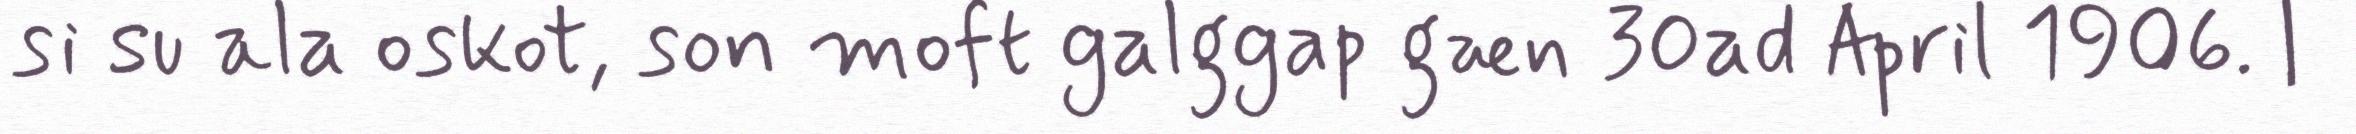
si su ala oskot, son moft galggap gæn 30ad April 1906. |